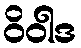
ဝိဝါဒ